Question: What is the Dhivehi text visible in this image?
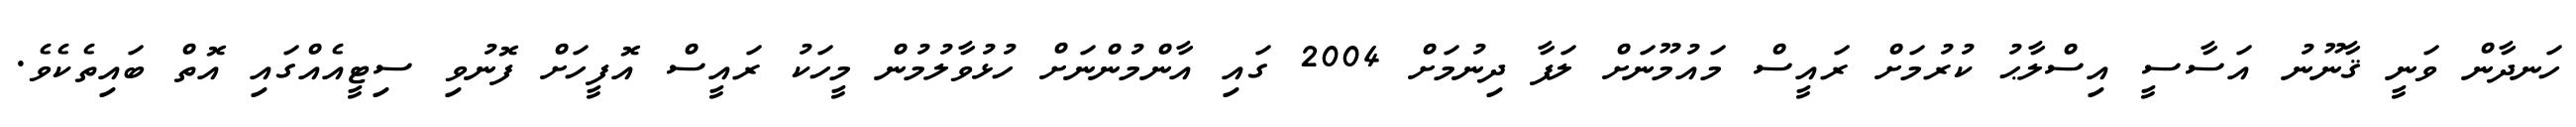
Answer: ހަނދާން ވަނީ ޤާނޫނު އަސާސީ އިސްލާޙު ކުރުމަށް ރައީސް މައުމޫނަށް ލަފާ ދިނުމަށް 2004 ގައި އާންމުންނަށް ހުޅުވާލުމުން މީހަކު ރައީސް އޮފީހަށް ފޮނުވި ސިޓީއެއްގައި އޮތް ބައިތެކެވެ.